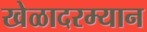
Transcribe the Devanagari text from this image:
खेळादरम्यान